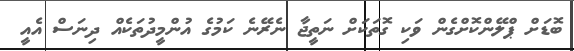
ބޮޑަށް ޕްލޭންކޮށްގެން ވަކި ގޮތަކަށް ނަތީޖާ ނެރޭނެ ކަމުގެ އުންމީދުތަކެއް ދިނަސް އެއީ